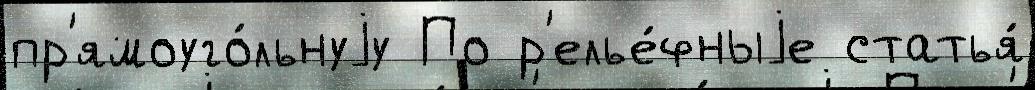
пр'ямоуго́льнуjу По р'елье́фныjе статья́